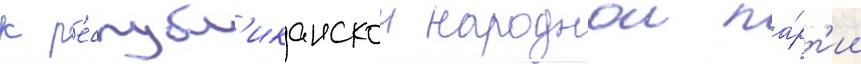
к р'еспубл'иканскои народнои па́рт'ии